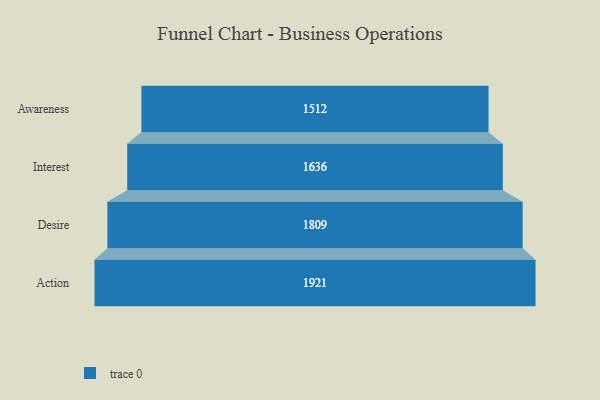
{"axis": {"x": "Stage", "y": "Value"}, "legend": [""], "data": [{"x": "Awareness", "y": 1512.0, "type": ""}, {"x": "Interest", "y": 1636.0, "type": ""}, {"x": "Desire", "y": 1809.0, "type": ""}, {"x": "Action", "y": 1921.0, "type": ""}]}